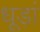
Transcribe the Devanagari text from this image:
धूड़ां